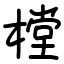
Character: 樘